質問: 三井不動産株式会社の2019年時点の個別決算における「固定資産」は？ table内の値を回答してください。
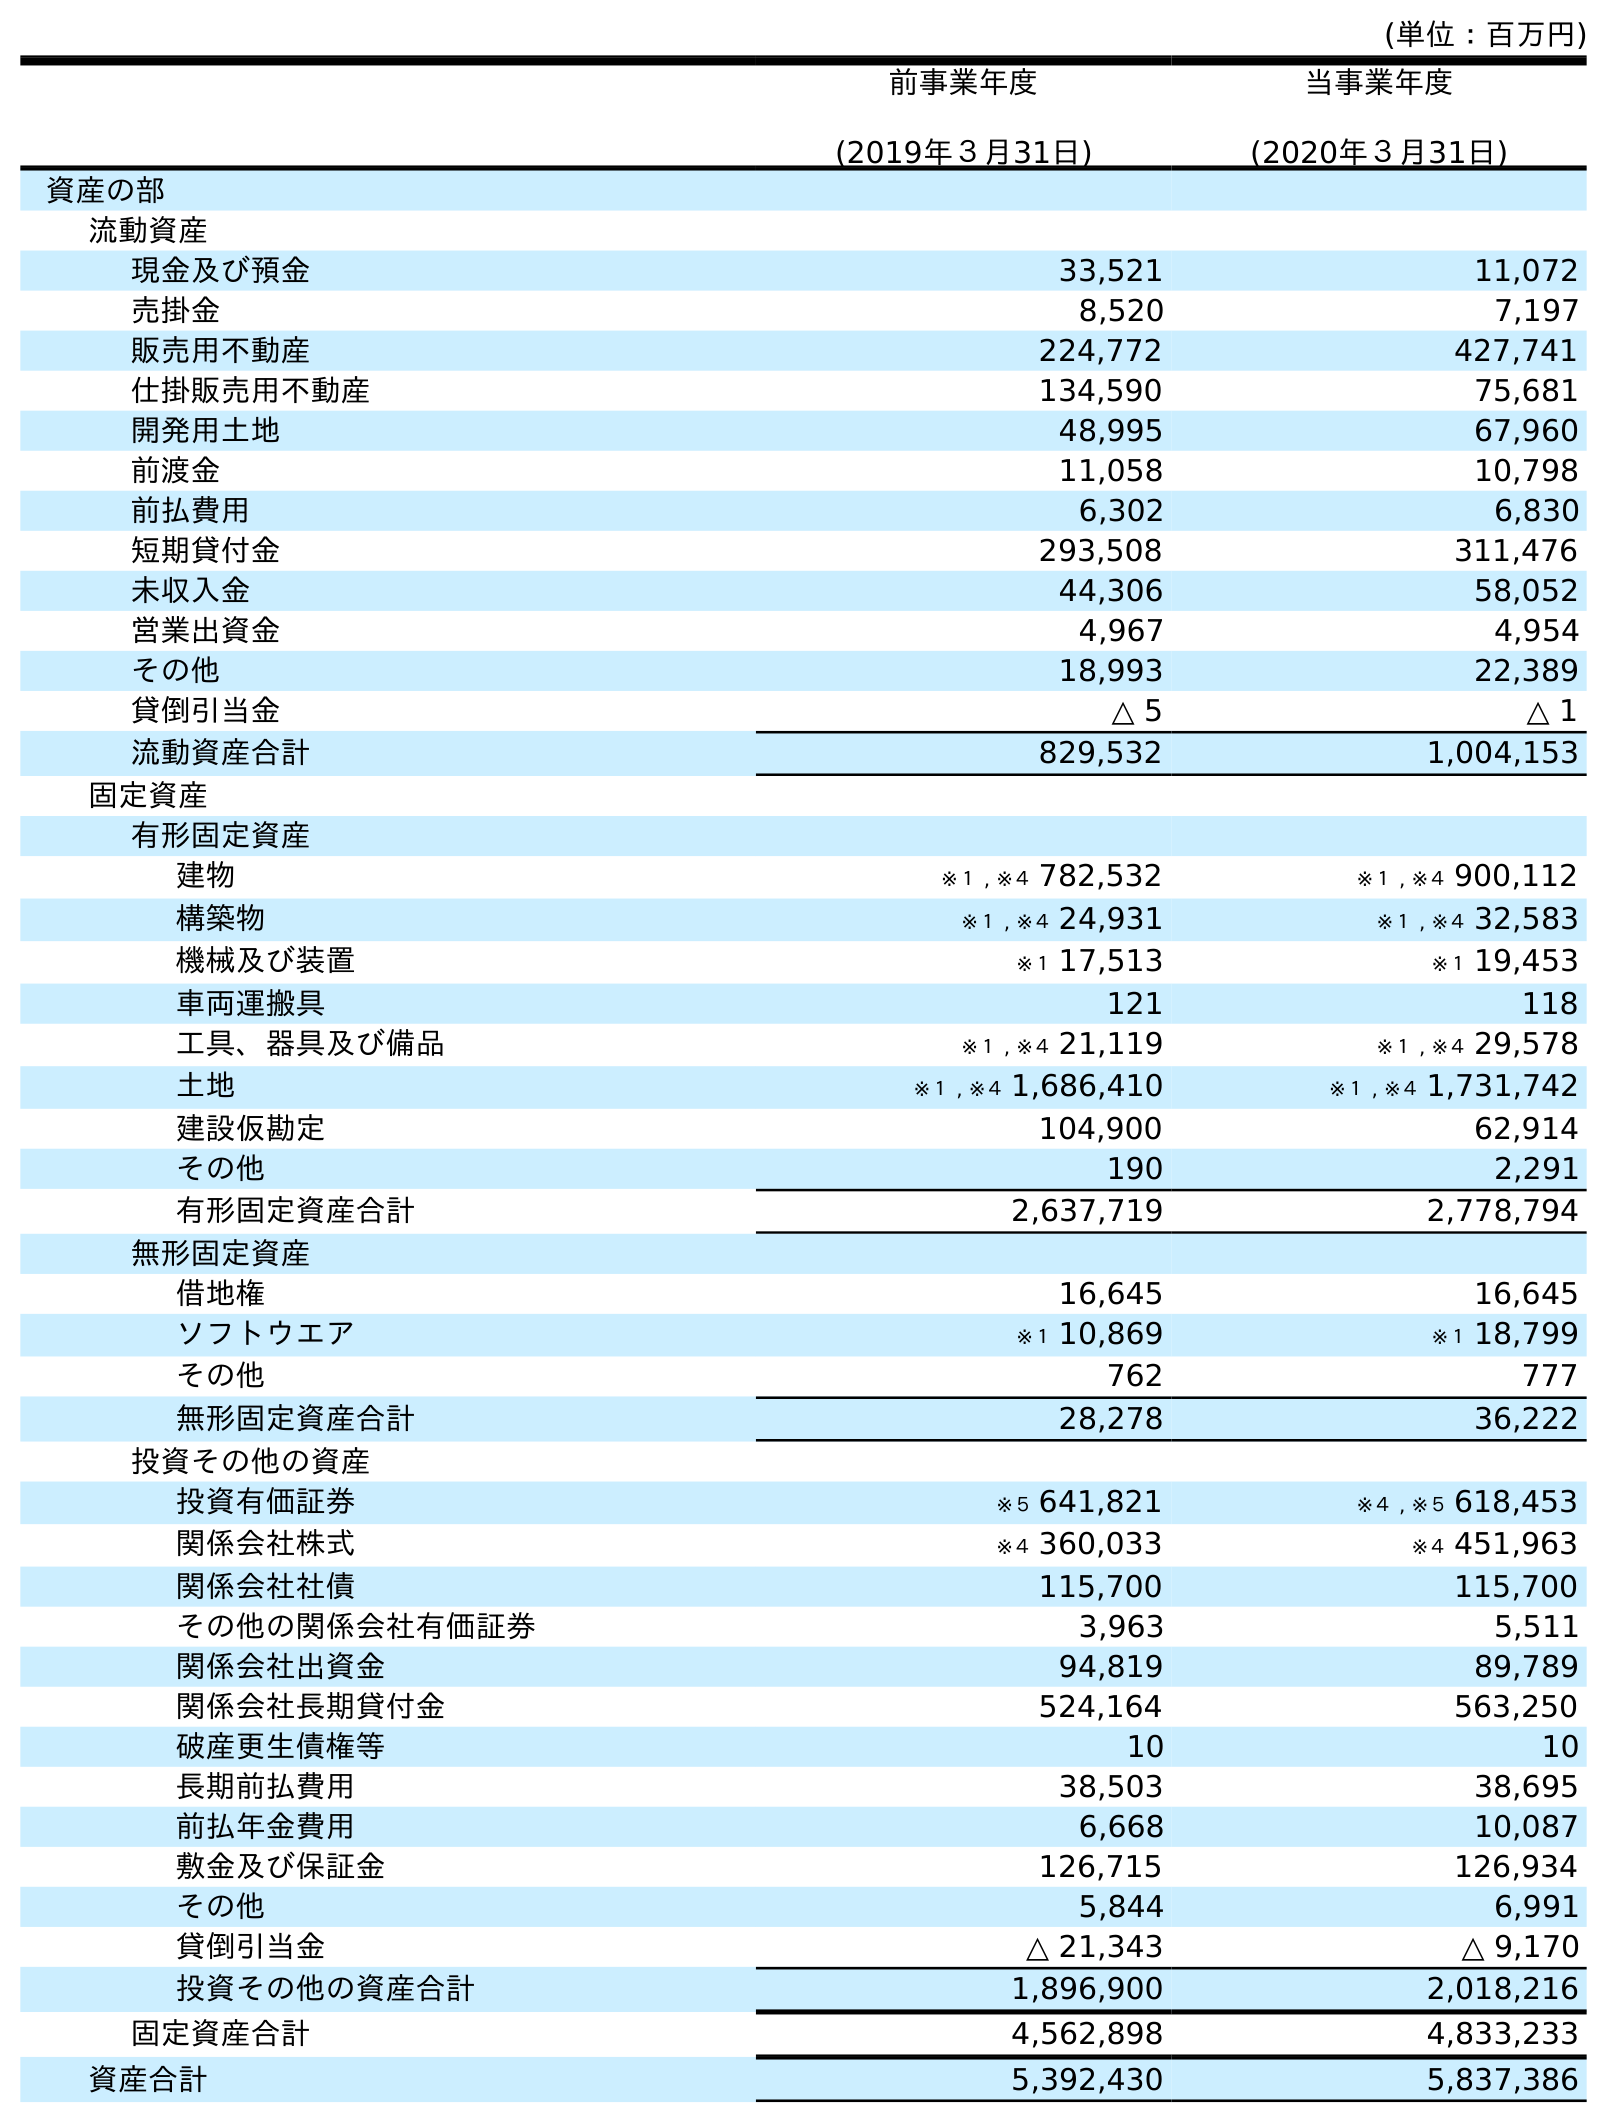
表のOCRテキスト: (単位：百万円) 前事業年度 (2019年３月31日) 当事業年度 (2020年３月31日) 資産の部 流動資産 現金及び預金 33,521 11,072 売掛金 8,520 7,197 販売用不動産 224,772 427,741 仕掛販売用不動産 134,590 75,681 開発用土地 48,995 67,960 前渡金 11,058 10,798 前払費用 6,302 6,830 短期貸付金 293,508 311,476 未収入金 44,306 58,052 営業出資金 4,967 4,954 その他 18,993 22,389 貸倒引当金 △ 5 △ 1 流動資産合計 829,532 1,004,153 固定資産 有形固定資産 建物 ※１ , ※４ 782,532 ※１ , ※４ 900,112 構築物 ※１ , ※４ 24,931 ※１ , ※４ 32,583 機械及び装置 ※１ 17,513 ※１ 19,453 車両運搬具 121 118 工具、器具及び備品 ※１ , ※４ 21,119 ※１ , ※４ 29,578 土地 ※１ , ※４ 1,686,410 ※１ , ※４ 1,731,742 建設仮勘定 104,900 62,914 その他 190 2,291 有形固定資産合計 2,637,719 2,778,794 無形固定資産 借地権 16,645 16,645 ソフトウエア ※１ 10,869 ※１ 18,799 その他 762 777 無形固定資産合計 28,278 36,222 投資その他の資産 投資有価証券 ※５ 641,821 ※４ , ※５ 618,453 関係会社株式 ※４ 360,033 ※４ 451,963 関係会社社債 115,700 115,700 その他の関係会社有価証券 3,963 5,511 関係会社出資金 94,819 89,789 関係会社長期貸付金 524,164 563,250 破産更生債権等 10 10 長期前払費用 38,503 38,695 前払年金費用 6,668 10,087 敷金及び保証金 126,715 126,934 その他 5,844 6,991 貸倒引当金 △ 21,343 △ 9,170 投資その他の資産合計 1,896,900 2,018,216 固定資産合計 4,562,898 4,833,233 資産合計 5,392,430 5,837,386
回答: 4,562,898